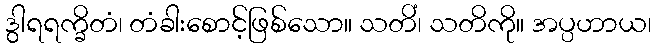
ဒွါရရက္ခိတံ၊ တံခါးစောင့်ဖြစ်သော။ သတိံ၊ သတိကို။ အပ္ပဟာယ၊